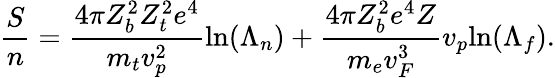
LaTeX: \frac{S}{n}=\frac{4\pi Z_{b}^{2}Z_{t}^{2}e^{4}}{m_{t}v_{p}^{2}}\mathrm{ln}(\Lambda_{n})+\frac{4\pi Z_{b}^{2}e^{4}Z}{m_{e}v_{F}^{3}}v_{p}\mathrm{ln}(\Lambda_{f}).